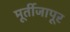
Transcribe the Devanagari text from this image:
मूर्तीजापूर